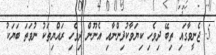
5. ޖެނީވާގައި ތިބޭ ދިވެހި ކިޔަވާކުދިންނާއި އެނޫން ދިވެހި ރައްޔިތަކު ނުވަތަ ބަޔަކު